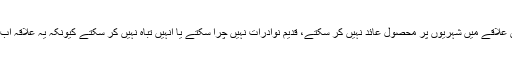
اب وہ ماضی کی طرح اس علاقے میں شہریوں پر محصول عائد نہیں کر سکتے، قدیم نوادرات نہیں چرا سکتے یا انہیں تباہ نہیں کر سکتے کیونکہ یہ علاقہ اب ان کے زیرتسلط نہیں ہے۔